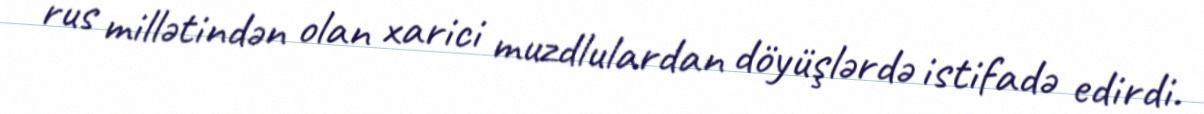
rus millətindən olan xarici muzdlulardan döyüşlərdə istifadə edirdi.